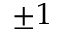
\pm 1